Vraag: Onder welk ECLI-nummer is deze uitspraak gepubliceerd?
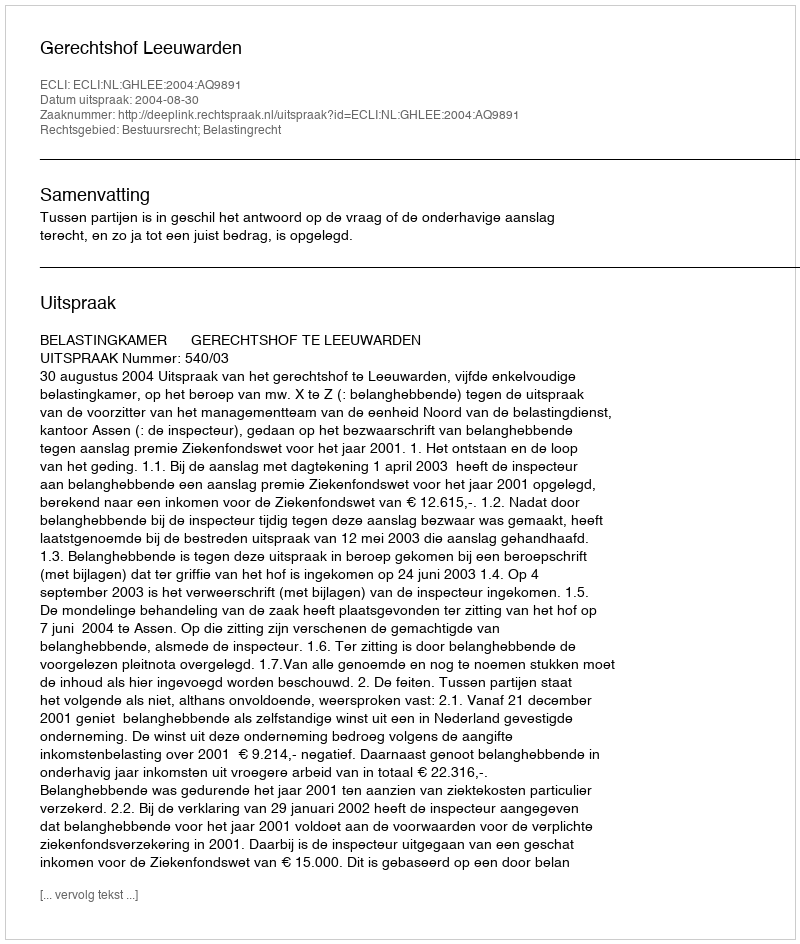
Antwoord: ECLI:NL:GHLEE:2004:AQ9891